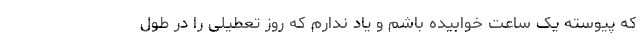
که پیوسته یک ساعت خوابیده باشم و یاد ندارم که روز تعطیلی را در طول